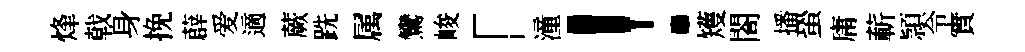
烽戟身挽薜爱適蕨跣属鸞峻「潼！矱閤播蛩庸蔪頴令實